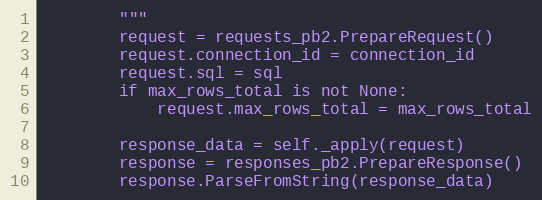
Language: Python
        """
        request = requests_pb2.PrepareRequest()
        request.connection_id = connection_id
        request.sql = sql
        if max_rows_total is not None:
            request.max_rows_total = max_rows_total

        response_data = self._apply(request)
        response = responses_pb2.PrepareResponse()
        response.ParseFromString(response_data)